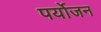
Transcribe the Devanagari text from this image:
पर्योजन